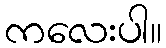
ကလေးပါ။